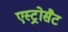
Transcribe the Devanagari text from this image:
एस्ट्रोसैट